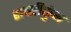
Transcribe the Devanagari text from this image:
शबरीकुंभ